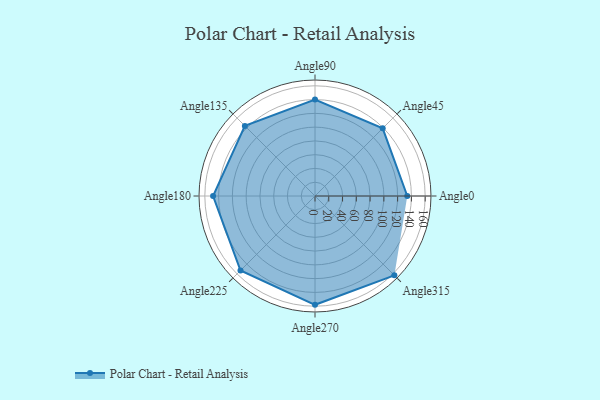
{"axis": {"x": "Angle", "y": "Radius"}, "legend": [""], "data": [{"x": "Angle0", "y": 134.0, "type": ""}, {"x": "Angle45", "y": 139.0, "type": ""}, {"x": "Angle90", "y": 140.0, "type": ""}, {"x": "Angle135", "y": 144.0, "type": ""}, {"x": "Angle180", "y": 148.0, "type": ""}, {"x": "Angle225", "y": 153.0, "type": ""}, {"x": "Angle270", "y": 158.0, "type": ""}, {"x": "Angle315", "y": 163.0, "type": ""}]}